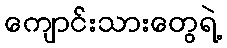
ကျောင်းသားတွေရဲ့